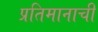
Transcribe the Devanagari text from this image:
प्रतिमानाची